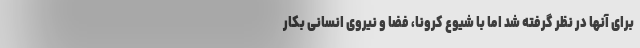
برای آنها در نظر گرفته شد اما با شیوع کرونا، فضا و نیروی انسانی بکار